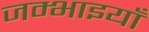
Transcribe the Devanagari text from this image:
जम्भाइयाँ